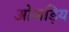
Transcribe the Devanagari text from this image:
ओजड़िय